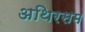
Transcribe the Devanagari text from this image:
अथिरसम